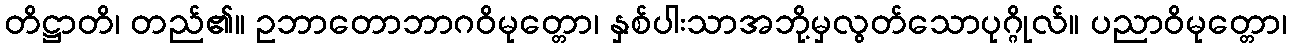
တိဋ္ဌာတိ၊ တည်၏။ ဥဘာတောဘာဂဝိမုတ္တော၊ နှစ်ပါးသာအဘို့မှလွတ်သောပုဂ္ဂိုလ်။ ပညာဝိမုတ္တော၊